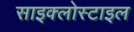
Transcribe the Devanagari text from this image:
साइक्लोस्टाइल